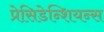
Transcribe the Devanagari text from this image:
प्रेसिडेन्शियन्स